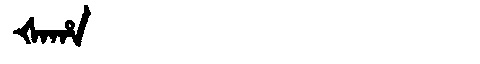
Manchu: ᡧᠠᡥᠠ
Romanization: ŠAHA